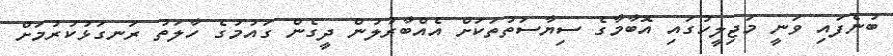
ބުނެފައި ވަނީ މަޖިލީހުގައި އޮބާމާގެ ސިޔާސަތުތަކަށް އެއްބާރުލުން ދީގެން ގައުމުގެ ހާލަތު ރަނގަޅުކުރުމަށް